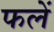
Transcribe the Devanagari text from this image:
फलें